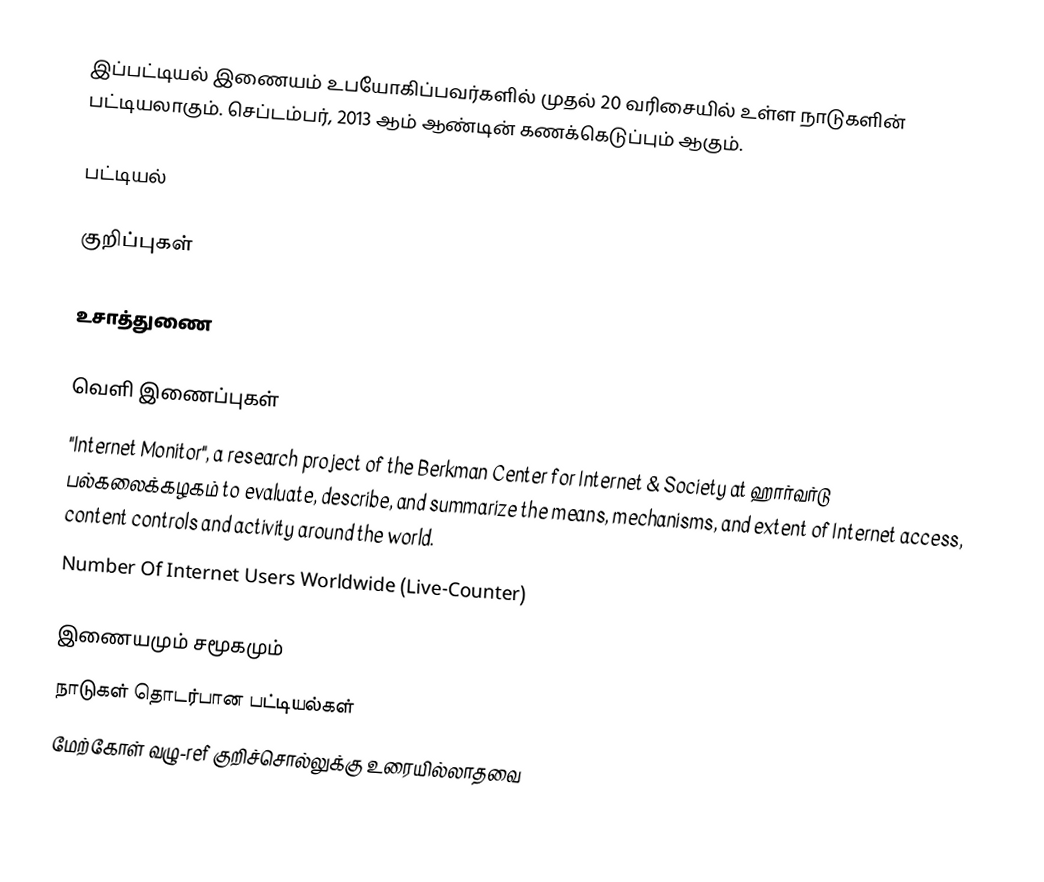
இப்பட்டியல் இணையம் உபயோகிப்பவர்களில் முதல் 20 வரிசையில் உள்ள நாடுகளின் பட்டியலாகும். செப்டம்பர், 2013 ஆம் ஆண்டின் கணக்கெடுப்பும் ஆகும்.

பட்டியல்

குறிப்புகள்

உசாத்துணை

வெளி இணைப்புகள்
 "Internet Monitor", a research project of the Berkman Center for Internet & Society at ஹார்வர்டு பல்கலைக்கழகம் to evaluate, describe, and summarize the means, mechanisms, and extent of Internet access, content controls and activity around the world.
 Number Of Internet Users Worldwide (Live-Counter)

இணையமும் சமூகமும்
நாடுகள் தொடர்பான பட்டியல்கள்
மேற்கோள் வழு-ref குறிச்சொல்லுக்கு உரையில்லாதவை